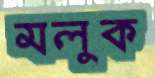
মলুক